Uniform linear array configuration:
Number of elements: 8
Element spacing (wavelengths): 0.75
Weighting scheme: uniform
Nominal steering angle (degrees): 45
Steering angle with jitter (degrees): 45.703
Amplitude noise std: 0.05
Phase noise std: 0.05

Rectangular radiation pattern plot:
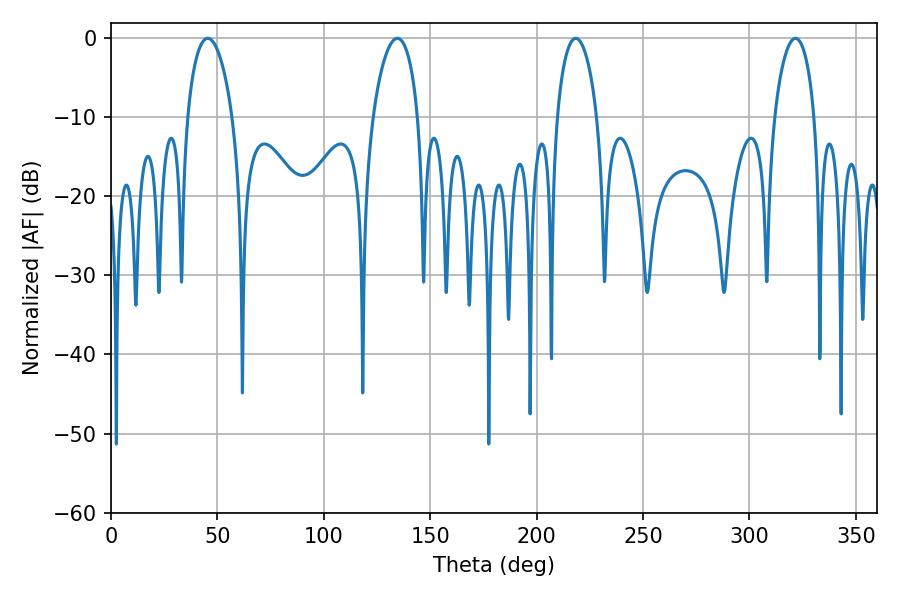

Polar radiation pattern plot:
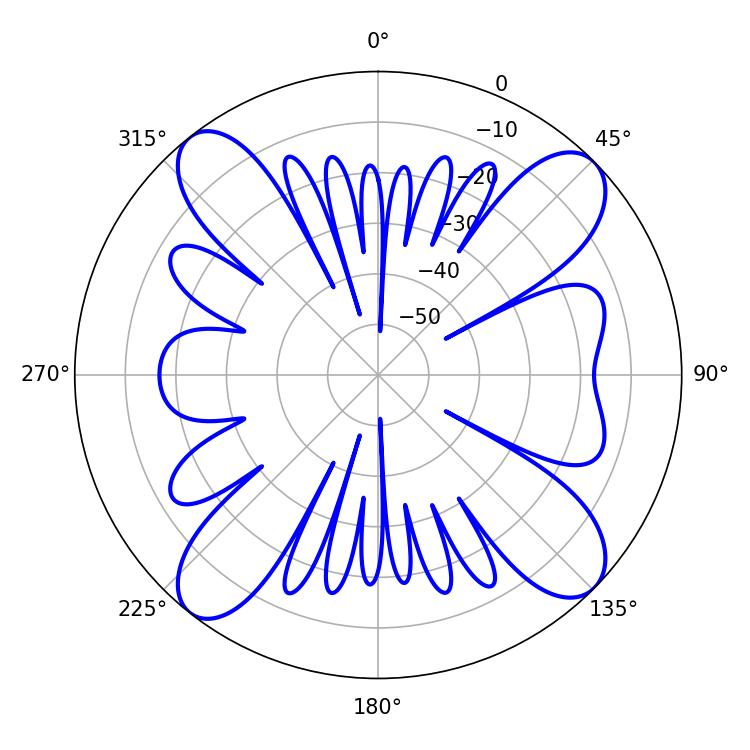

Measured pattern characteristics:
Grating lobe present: TRUE
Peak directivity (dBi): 14.091
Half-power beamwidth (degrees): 10.8
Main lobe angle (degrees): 218.34